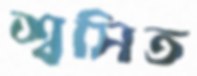
শ্বসিত